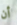
أن